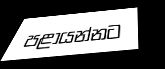
පළායන්නට